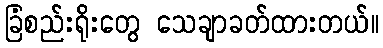
ခြံစည်းရိုးတွေ သေချာခတ်ထားတယ်။